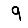
Digit: 9